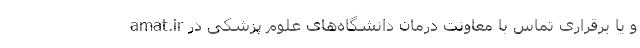
amat.ir و یا برقراری تماس با معاونت درمان دانشگاه‌های علوم پزشکی در